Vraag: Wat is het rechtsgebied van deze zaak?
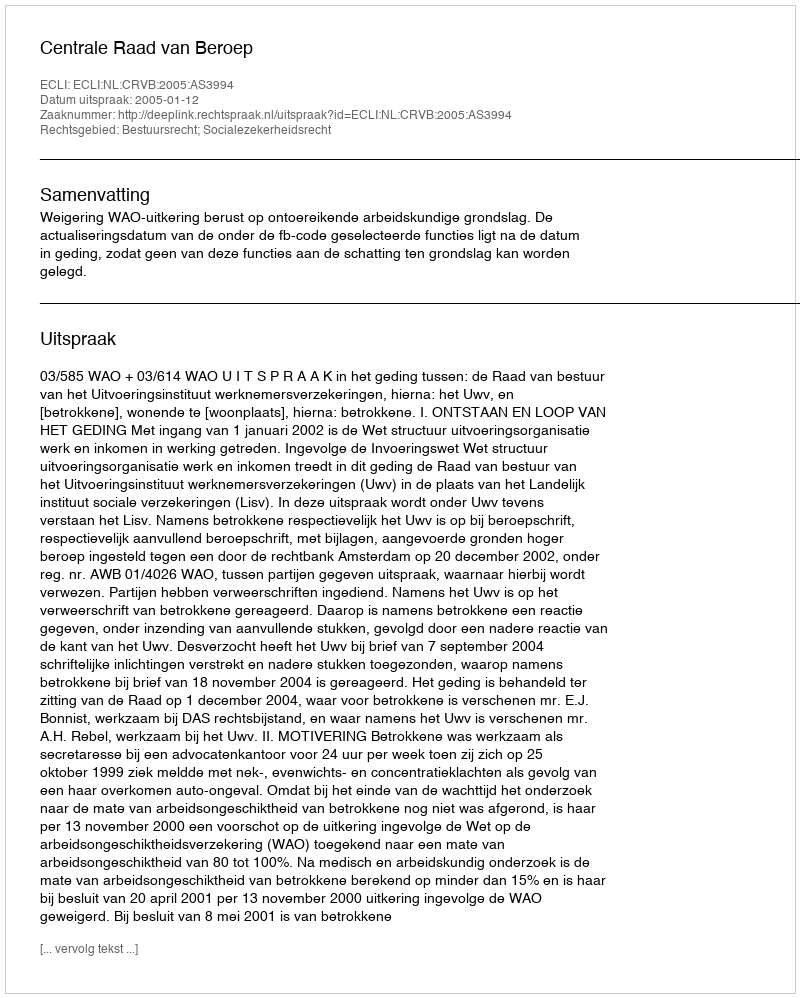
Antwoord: Bestuursrecht; Socialezekerheidsrecht